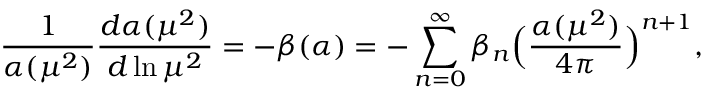
\frac { 1 } { \alpha ( \mu ^ { 2 } ) } \frac { d \alpha ( \mu ^ { 2 } ) } { d \ln \mu ^ { 2 } } = - \beta ( \alpha ) = - \sum _ { n = 0 } ^ { \infty } \beta _ { n } \Big ( \frac { \alpha ( \mu ^ { 2 } ) } { 4 \pi } \Big ) ^ { n + 1 } ,